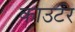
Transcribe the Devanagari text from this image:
काउटंर